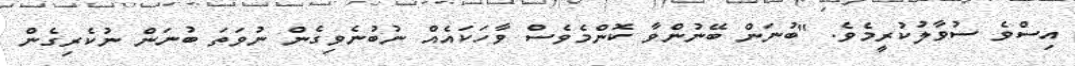
އިސްވެ ސުވާލުކުރީމެވެ. "ބުނަން ބޭނުންވާ ކޮންމެވެސް ވާހަކައެއް ނުބުނެވިގެން ނުވަތަ ބުނަން ނުކެރިގެން